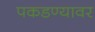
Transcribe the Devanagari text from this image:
पकडण्यावर